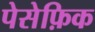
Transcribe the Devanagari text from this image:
पेसेफ़िक